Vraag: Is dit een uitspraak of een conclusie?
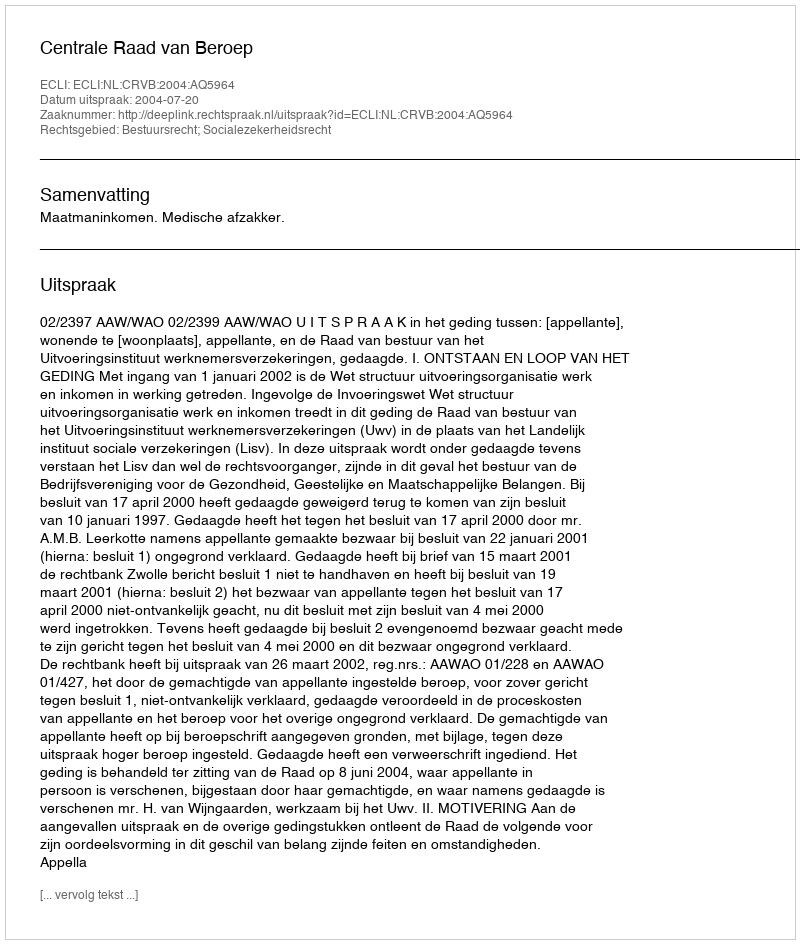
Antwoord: Uitspraak